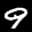
Label: 9